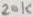
Text: 20K